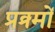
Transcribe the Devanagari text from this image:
प्रक्र्मों